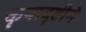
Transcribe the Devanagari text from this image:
कृपादृष्टीने